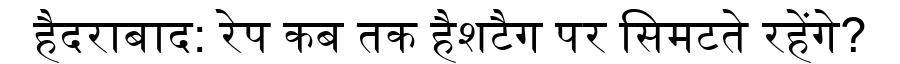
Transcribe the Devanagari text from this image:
हैदराबाद: रेप कब तक हैशटैग पर सिमटते रहेंगे?